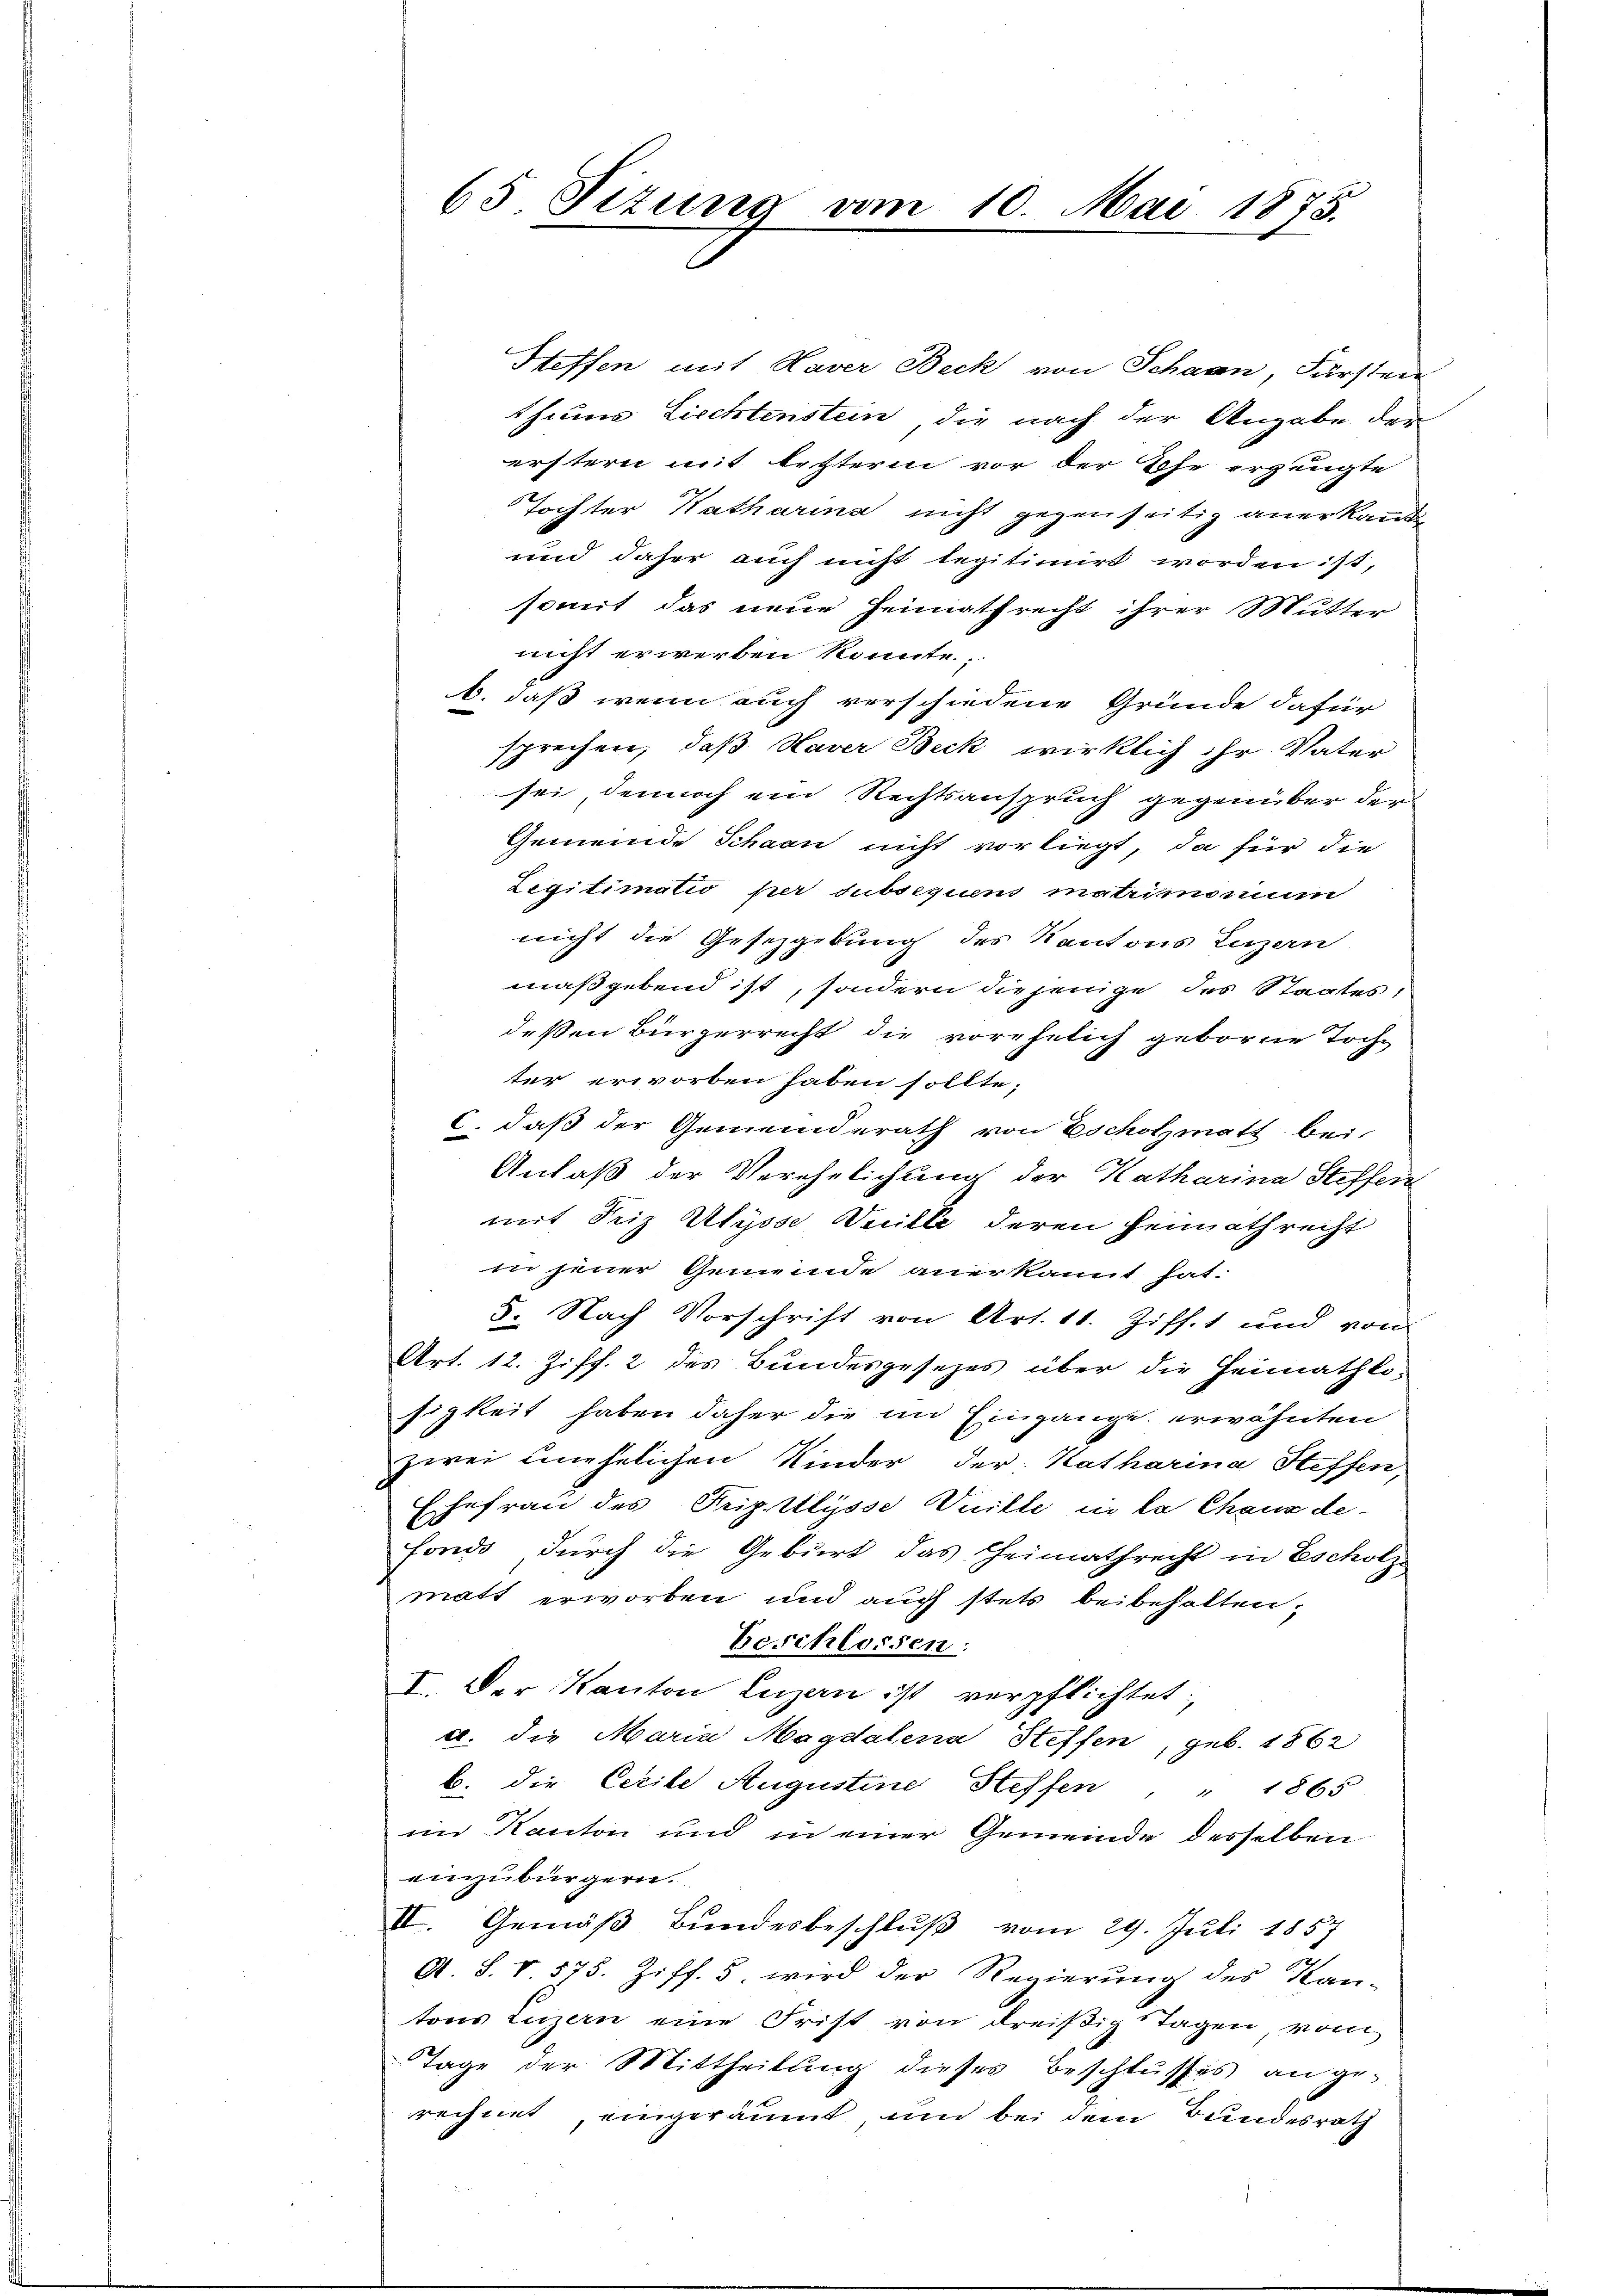
Steffen mit Haver Beck von Schaan, Fürsten
thums Liechtenstein, die nach der Angabe der
erstern mit lezterm vor der Ehe erzeugte
Tochter Katharina nicht gegenseitig anerkant
und daher auch nicht legitimirt worden ist,
somit das neue Heimathrecht ihrer Mutter
nicht erwerben könnte;
b. daß wenn auch verschiedene Gründe dafür
sprechen, daß Haver Beck wirklich ihr Vater
sei, dennoch ein Rechtsanspruch gegenüber der
Gemeinde Schaan nicht vorliegt, da für die
Legitimatio per subsequen mationum
nicht die Gesetzgebung des Kantons Luzern
maßgebend ist, sondern diejenige des Staates,
deßen Bürgerrecht die vorehelich geborne Tochter erworben haben sollte;
c. daß der Gemeinderath von Escholzmatt bei
Anlaß der Verehelichung der Katharina Steffen
mit Friz Ulysse Weille, deren Heimathrecht
in jener Gemeinde anerkannt hat.
5. Nach Vorschrift von Art. 11. Ziff. 1 und von
Art. 12. Ziff. 2 des Bundesgesetzes über die Heimathkosigkeit haben daher die im Eingange erwähnten
zwei unehelichen Kinder der Katharina Steffen,
Ehefrau des Tripllysse Vuille in la Chaux de-
fonds durch die Geburt das Heimathrecht in Escholze
matt erworben und auch stets beibehalten,
Beschlossen:
I. Der Kanton Luzan ist verpflichtet:
c. die Maria Magdalena Steffen, geb. 1862
b. die Cerile Augustine Steffen, " 1865
im Kanton und in einer Gemeinde desselben
einzubürgern.
II. Gemäß Bundesbeschluß vom 29. Juli 1857
A S. V 575. Ziff. 5. wird der Regierung des Kan-
tons Luzern eine Frist von dreißig Tagen vom
Tage der Mittheilung dieses Beschlusses an gerechnet, eingeräumt und bei dem Bundesrath

65 Fizung vom 10. Mai 1873.